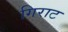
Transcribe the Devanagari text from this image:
गिराट